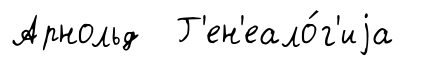
Арнольд Г'ен'еало́г'иjа